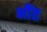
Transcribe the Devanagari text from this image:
भींत